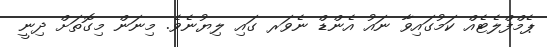
ޕެމްފްލެޓެއް ކަމުގައިވާ ނައު އެންޑް ނެވަރ ގައި ލިޔުނެވެ. މިނަން މިގޮތަށް ދިނީ